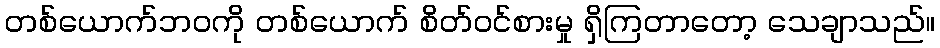
တစ်ယောက်ဘဝကို တစ်ယောက် စိတ်ဝင်စားမှု ရှိကြတာတော့ သေချာသည်။